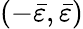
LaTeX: (-\bar{\varepsilon},\bar{\varepsilon})